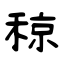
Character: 稤